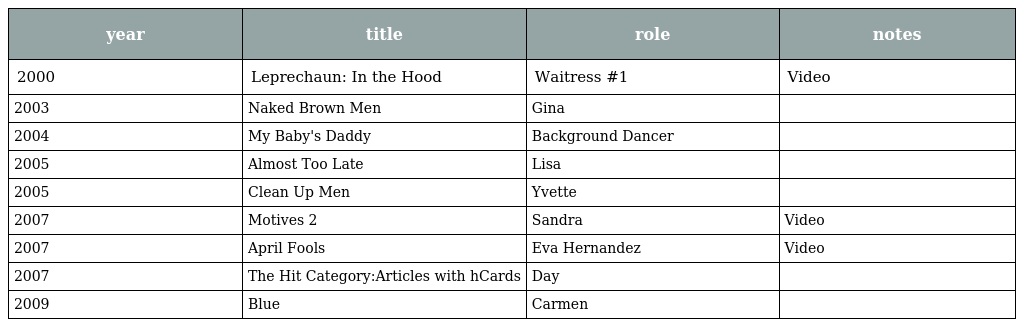
| year | title | role | notes |
 | --- | --- | --- | --- |
 | 2000 | Leprechaun: In the Hood | Waitress #1 | Video |
 | 2003 | Naked Brown Men | Gina |  |
 | 2004 | My Baby's Daddy | Background Dancer |  |
 | 2005 | Almost Too Late | Lisa |  |
 | 2005 | Clean Up Men | Yvette |  |
 | 2007 | Motives 2 | Sandra | Video |
 | 2007 | April Fools | Eva Hernandez | Video |
 | 2007 | The Hit Category:Articles with hCards | Day |  |
 | 2009 | Blue | Carmen |  |